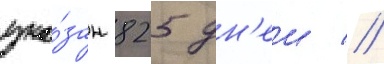
ука́зан 825 дн'еи //